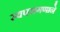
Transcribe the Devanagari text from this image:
स्वपरागणाने